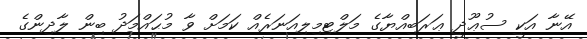
އޭނާ އަކީ ސުޢޫދީ ޢަރަބިއްޔާގެ މަލްޓިމިލިއަނަރެއް ކަމަށް ވާ މުޙައްމަދު ބިން ލާދިންގެ